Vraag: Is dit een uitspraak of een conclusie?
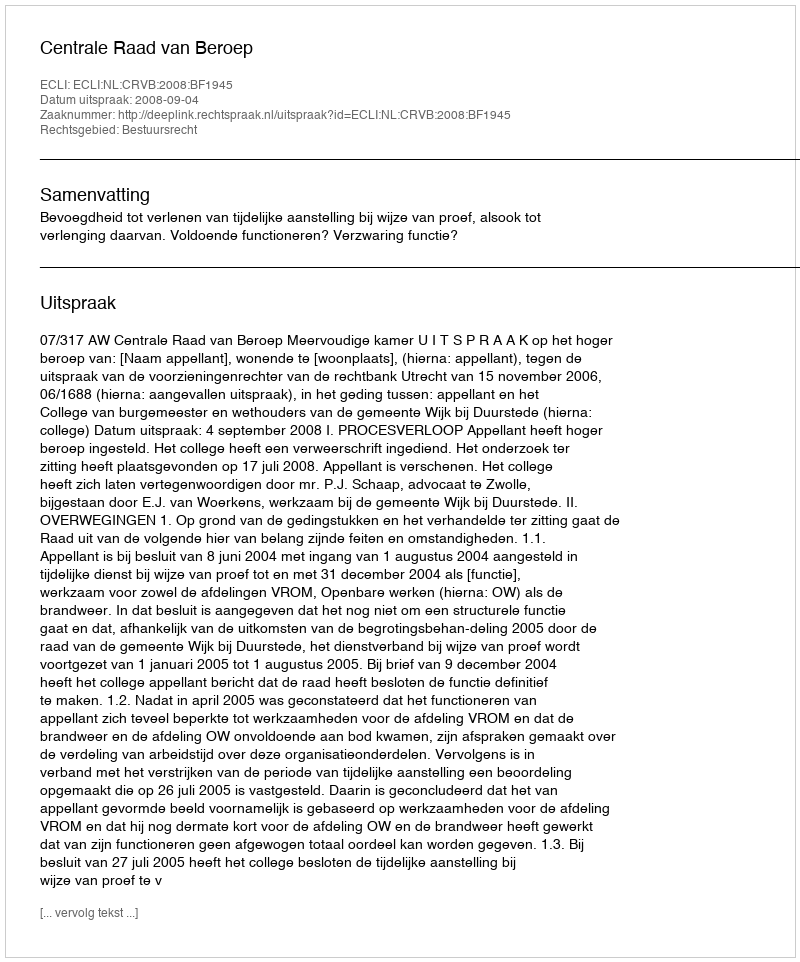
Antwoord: Uitspraak